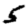
Digit: 5